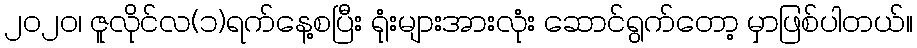
၂၀၂၀၊ ဇူလိုင်လ(၁)ရက်နေ့စပြီး ရုံးများအားလုံး ဆောင်ရွက်တော့ မှာဖြစ်ပါတယ်။